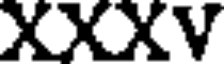
XXXV